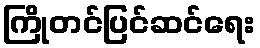
ကြိုတင်ပြင်ဆင်ရေး